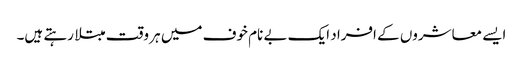
ایسے معاشروں کے افراد ایک بے نام خوف میں ہر وقت مبتلا رہتے ہیں۔